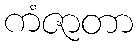
ကံဇာတာ